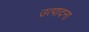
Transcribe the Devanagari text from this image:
उत्पादना